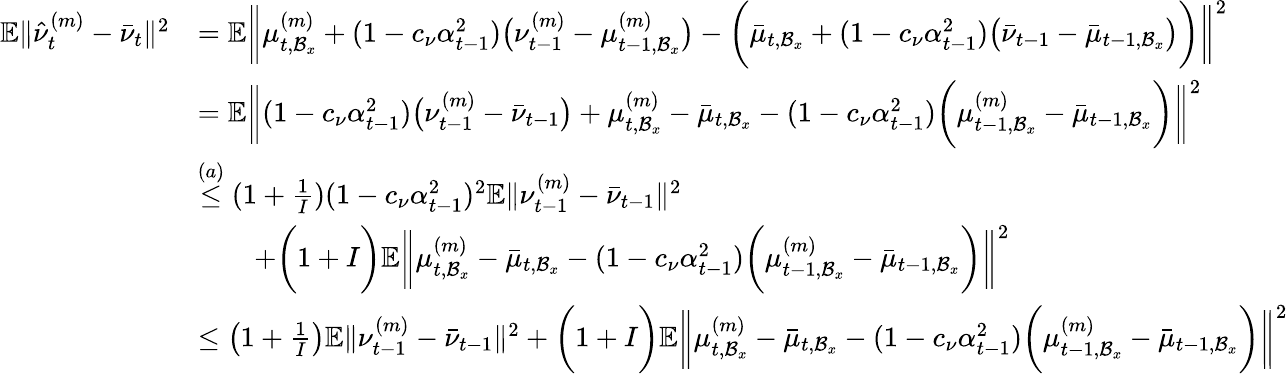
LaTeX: \begin{array}{rl}{\mathbb{E}\| \hat{\nu}_{t}^{(m)}-\bar{\nu}_{t}\| ^{2}}&{=\mathbb{E}\bigg\| \mu_{t,\mathcal{B}_{x}}^{(m)}+(1-c_{\nu}\alpha_{t-1}^{2})\big(\nu_{t-1}^{(m)}-\mu_{t-1,\mathcal{B}_{x}}^{(m)}\big)-\bigg(\bar{\mu}_{t,\mathcal{B}_{x}}+(1-c_{\nu}\alpha_{t-1}^{2})\big(\bar{\nu}_{t-1}-\bar{\mu}_{t-1,\mathcal{B}_{x}}\big)\bigg)\bigg\| ^{2}}\\ &{=\mathbb{E}\bigg\| (1-c_{\nu}\alpha_{t-1}^{2})\big(\nu_{t-1}^{(m)}-\bar{\nu}_{t-1}\big)+\mu_{t,\mathcal{B}_{x}}^{(m)}-\bar{\mu}_{t,\mathcal{B}_{x}}-(1-c_{\nu}\alpha_{t-1}^{2})\bigg(\mu_{t-1,\mathcal{B}_{x}}^{(m)}-\bar{\mu}_{t-1,\mathcal{B}_{x}}\bigg)\bigg\| ^{2}}\\ &{\overset{(a)}{\leq}(1+\frac{1}{I})(1-c_{\nu}\alpha_{t-1}^{2})^{2}\mathbb{E}\| \nu_{t-1}^{(m)}-\bar{\nu}_{t-1}\| ^{2}}\\ &{\qquad+\bigg(1+I\bigg)\mathbb{E}\bigg\| \mu_{t,\mathcal{B}_{x}}^{(m)}-\bar{\mu}_{t,\mathcal{B}_{x}}-(1-c_{\nu}\alpha_{t-1}^{2})\bigg(\mu_{t-1,\mathcal{B}_{x}}^{(m)}-\bar{\mu}_{t-1,\mathcal{B}_{x}}\bigg)\bigg\| ^{2}}\\ &{\leq\left(1+\frac{1}{I}\right)\mathbb{E}\| \nu_{t-1}^{(m)}-\bar{\nu}_{t-1}\| ^{2}+\bigg(1+I\bigg)\mathbb{E}\bigg\| \mu_{t,\mathcal{B}_{x}}^{(m)}-\bar{\mu}_{t,\mathcal{B}_{x}}-(1-c_{\nu}\alpha_{t-1}^{2})\bigg(\mu_{t-1,\mathcal{B}_{x}}^{(m)}-\bar{\mu}_{t-1,\mathcal{B}_{x}}\bigg)\bigg\| ^{2}}\end{array}